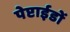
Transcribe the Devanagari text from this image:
पेप्टाईडों